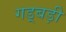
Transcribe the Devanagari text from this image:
गड़्बड़ी